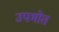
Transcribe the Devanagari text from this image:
उपभोत